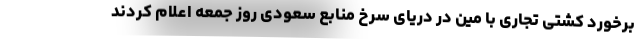
برخورد کشتی تجاری با مین در دریای سرخ منابع سعودی روز جمعه اعلام کردند